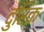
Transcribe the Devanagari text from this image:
दुरिक